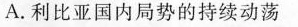
A.利比亚国内局势的持续动荡